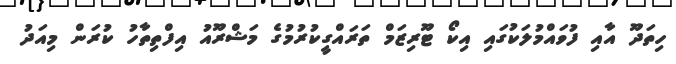
ހިތަދޫ އާއި ފުވައްމުލަކުގައި އިކޯ ޓޫރިޒަމް ތަރައްގީކުރުމުގެ މަޝްރޫއު އިފްތިތާހު ކުރަން މިއަދު